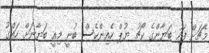
މެޗަށް ފަހު ބަޔާންގެ ކޯޗު ޔުޕް ހެއިންކެސް ބުނީ މިއީ ބަޔާނަށް ހައްގު